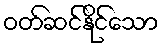
ဝတ်ဆင်နိုင်သော